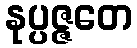
နုပ္ပဇ္ဇတေ